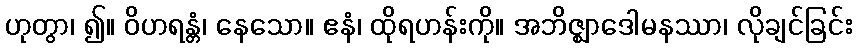
ဟုတွာ၊ ၍။ ဝိဟရန္တံ၊ နေသော။ ဧနံ၊ ထိုရဟန်းကို။ အဘိဇ္ဈာဒေါမနဿာ၊ လိုချင်ခြင်း